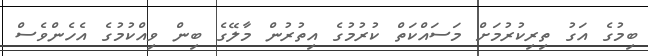
ބިމުގެ އަގު ތިރިކުރުމަށް މަސައްކަތް ކުރުމުގެ އިތުރުން މާލޭގެ ބިން ވިއްކުމުގެ އެހެންވެސް